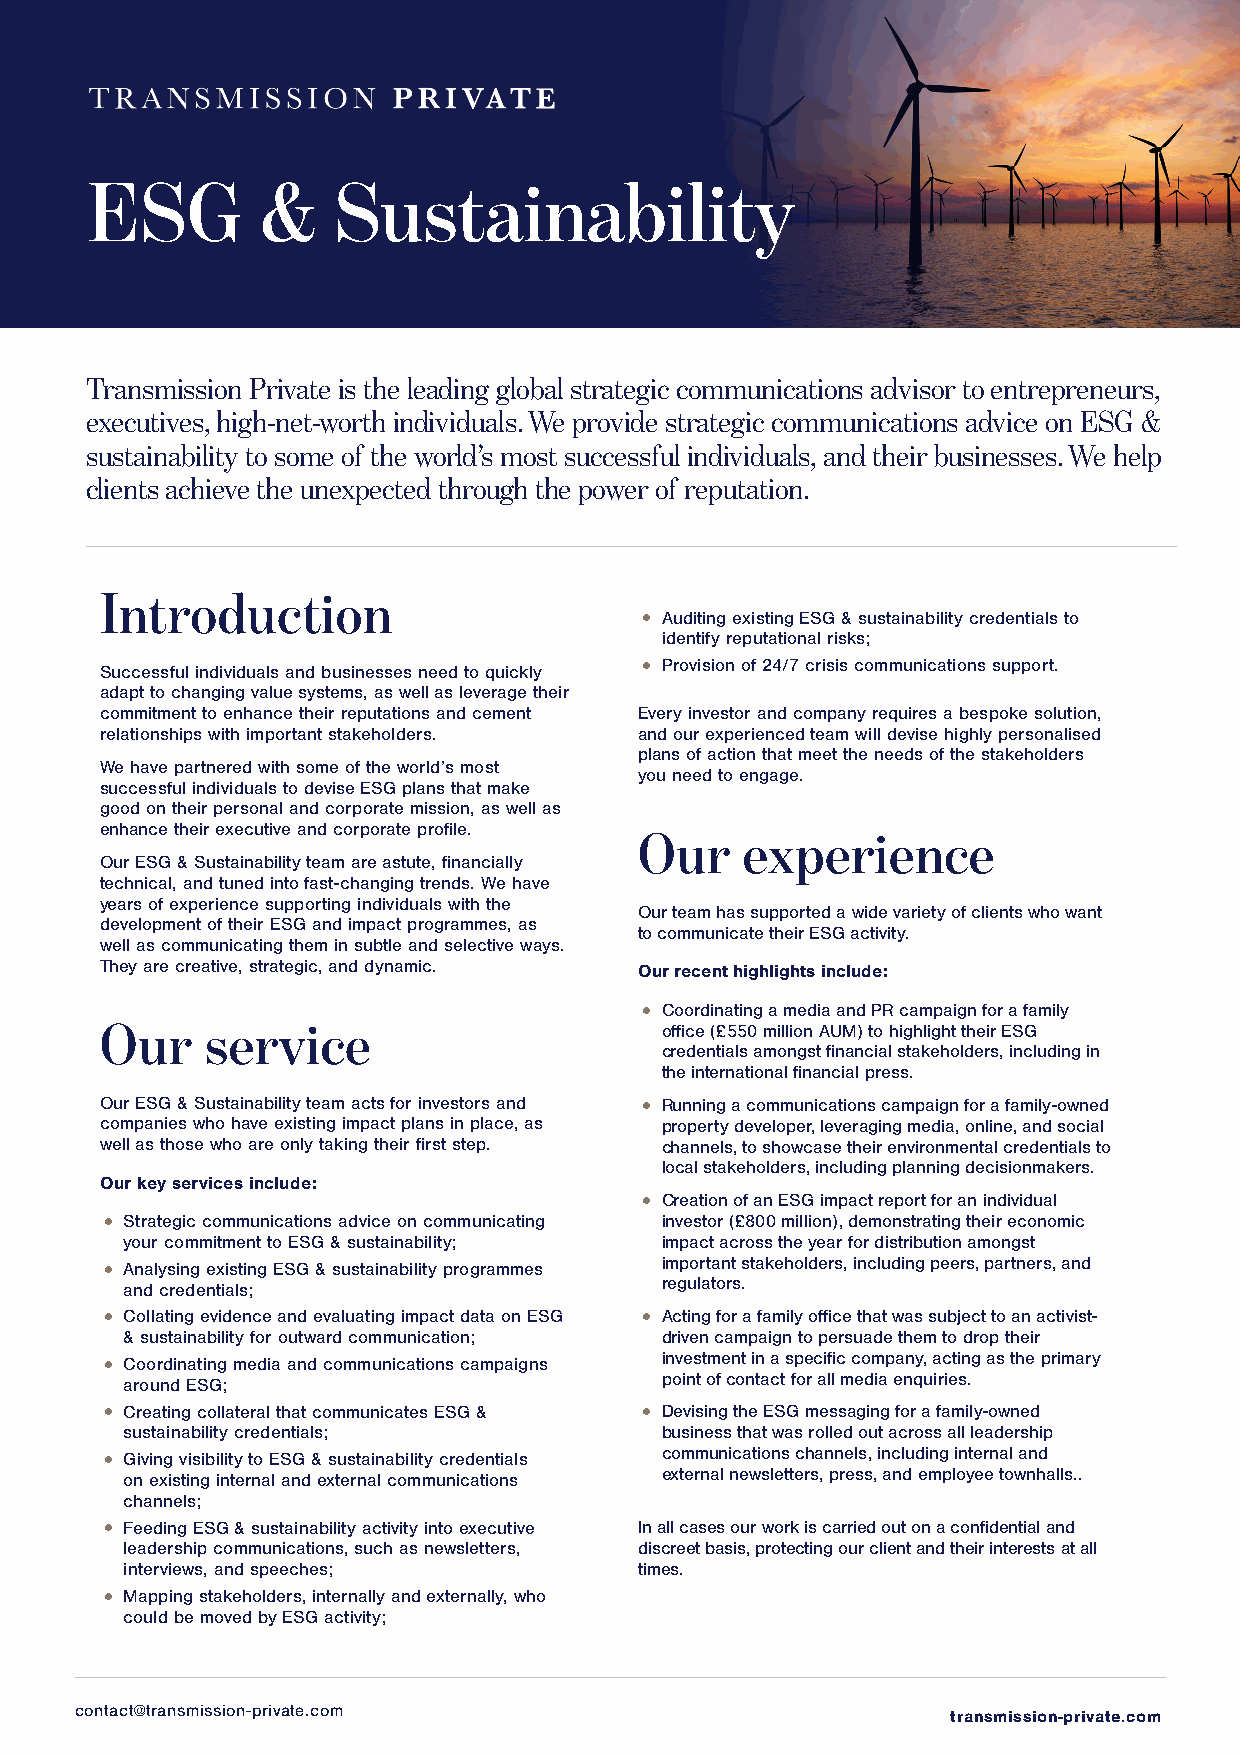
ESG        &    Sustainability
 Transmission Private is the leading global strategic communications advisor to entrepreneurs,
 executives, high-net-worth individuals. We provide strategic communications advice on ESG &
 sustainability to some of the world’s most successful individuals, and their businesses. We help
 clients achieve the unexpected through the power of reputation.
 Introduction
 • Auditing existing ESG & sustainability credentials to
 identify reputational risks;
 • Provision of 24/7 crisis communications support.
 Successful individuals and businesses need to quickly
 adapt to changing value systems, as well as leverage their
 commitment to enhance their reputations and cement Every investor and company requires a bespoke solution,
 relationships with important stakeholders. and our experienced team will devise highly personalised
 plans of action that meet the needs of the stakeholders
 We have partnered with some of the world’s most
 you need to engage.
 successful individuals to devise ESG plans that make
 good on their personal and corporate mission, as well as
 enhance their executive and corporate profile. Our experience
 Our ESG & Sustainability team are astute, financially
 technical, and tuned into fast-changing trends. We have
 years of experience supporting individuals with the
 Our team has supported a wide variety of clients who want
 development of their ESG and impact programmes, as
 to communicate their ESG activity.
 well as communicating them in subtle and selective ways.
 They are creative, strategic, and dynamic. Our recent highlights include:
 • Coordinating a media and PR campaign for a family
 Our    service                       office (£550 million AUM) to highlight their ESG
 credentials amongst financial stakeholders, including in
 the international financial press.
 Our ESG & Sustainability team acts for investors and • Running a communications campaign for a family-owned
 companies who have existing impact plans in place, as property developer, leveraging media, online, and social
 well as those who are only taking their first step. channels, to showcase their environmental credentials to
 local stakeholders, including planning decisionmakers.
 Our key services include:
 • Creation of an ESG impact report for an individual
 • Strategic communications advice on communicating investor (£800 million), demonstrating their economic
 your commitment to ESG & sustainability; impact across the year for distribution amongst
 • Analysing existing ESG & sustainability programmes important stakeholders, including peers, partners, and
 regulators.
 and credentials;
 • Collating evidence and evaluating impact data on ESG • Acting for a family office that was subject to an activist-
 & sustainability for outward communication; driven campaign to persuade them to drop their
 • Coordinating media and communications campaigns investment in a specific company, acting as the primary
 point of contact for all media enquiries.
 around ESG;
 • Creating collateral that communicates ESG & • Devising the ESG messaging for a family-owned
 sustainability credentials;         business that was rolled out across all leadership
 • Giving visibility to ESG & sustainability credentials communications channels, including internal and
 external newsletters, press, and employee townhalls..
 on existing internal and external communications
 channels;
 • Feeding ESG & sustainability activity into executive In all cases our work is carried out on a confidential and
 leadership communications, such as newsletters, discreet basis, protecting our client and their interests at all
 interviews, and speeches;         times.
 • Mapping stakeholders, internally and externally, who
 could be moved by ESG activity;
 contact@transmission-private.com                          transmission-private.com